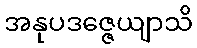
အနုပဒဇ္ဇေယျာသိ